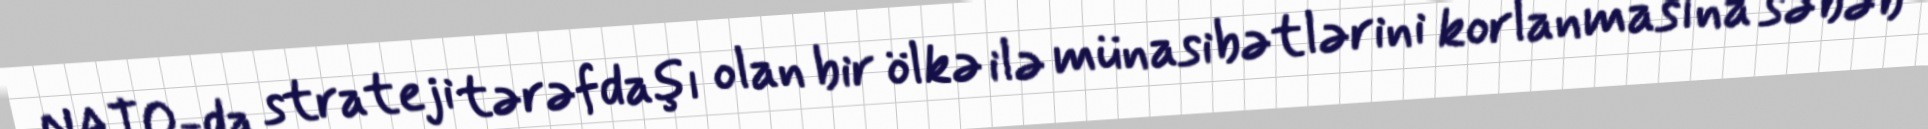
NATO-da strateji tərəfdaşı olan bir ölkə ilə münasibətlərini korlanmasına səbəb